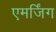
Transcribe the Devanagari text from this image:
एमर्जिंग